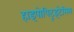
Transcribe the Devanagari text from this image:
हाइपोपिटूइटेरिस्म